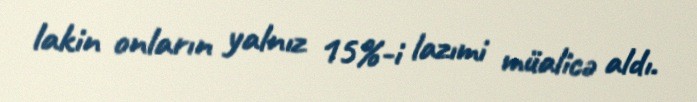
lakin onların yalnız 15%-i lazımi müalicə aldı.